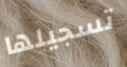
تسجيلها